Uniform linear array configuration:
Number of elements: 24
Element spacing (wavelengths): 0.25
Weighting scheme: hann
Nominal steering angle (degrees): -60
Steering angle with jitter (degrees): -61.378
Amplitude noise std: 0.05
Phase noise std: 0.05

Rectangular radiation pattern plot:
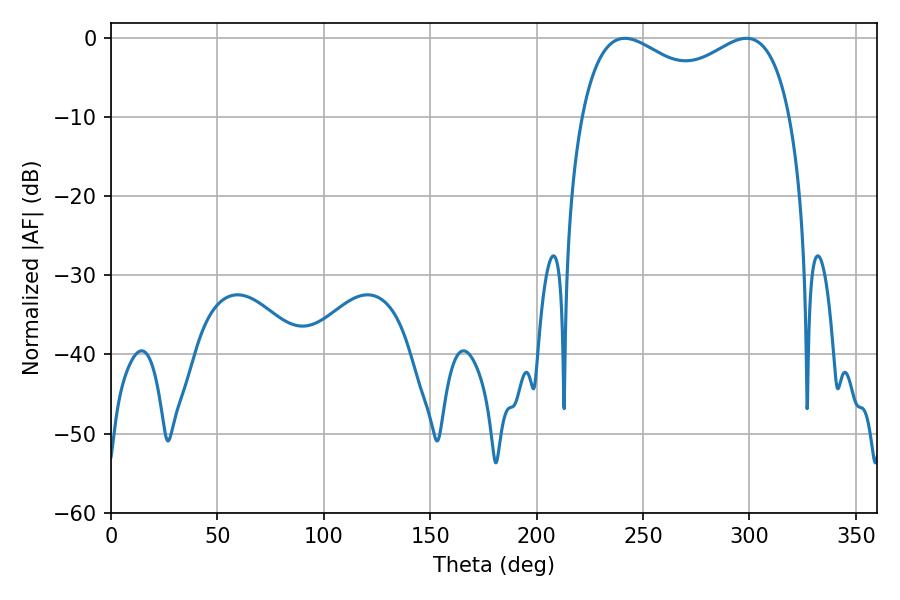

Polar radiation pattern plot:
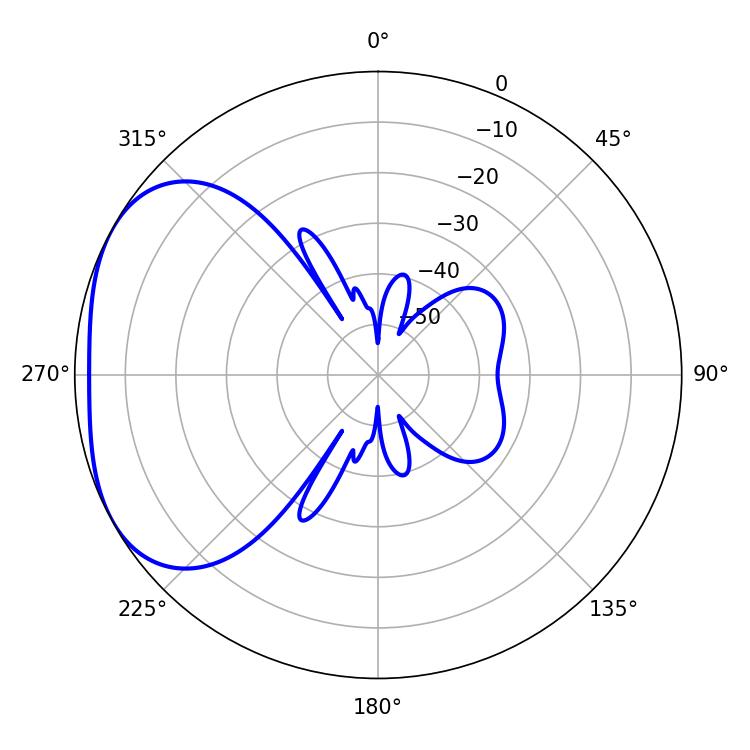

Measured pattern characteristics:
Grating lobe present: FALSE
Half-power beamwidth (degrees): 82.08
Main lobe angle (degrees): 241.38